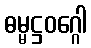
ဓမ္မဋ္ဌဝဂ္ဂေါ